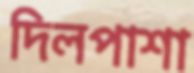
দিলপাশা